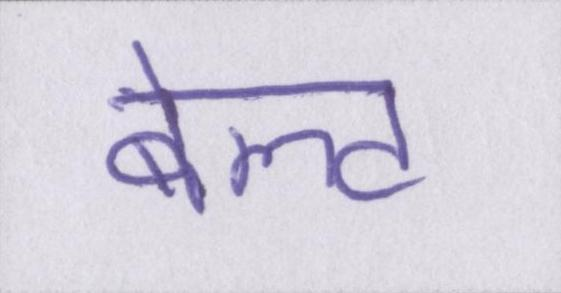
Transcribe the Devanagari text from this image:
बेल्ट